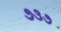
૭૩૭